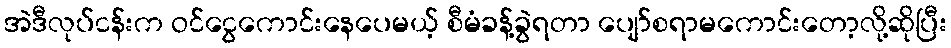
အဲဒီလုပ်ငန်းက ဝင်ငွေကောင်းနေပေမယ့် စီမံခန့်ခွဲရတာ ပျော်စရာမကောင်းတော့လို့ဆိုပြီး